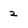
Character: 2